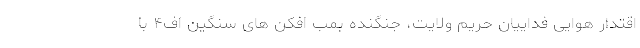
اقتدار هوایی فداییان حریم ولایت، جنگنده بمب افکن های سنگین اف۴ با